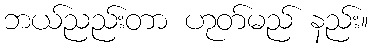
ဘယ်ညည်းတာ ဟုတ်မည် နည်း။